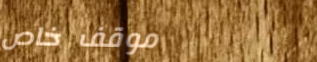
موقف خاص